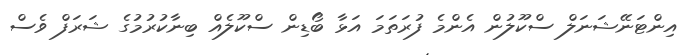
އިންޓަނޭޝަނަލް ސްކޫލުން އެންމެ ފުރަތަމަ އަޅާ ބޯޑިން ސްކޫލެއް ބިނާކުރުމުގެ ޝަރަފް ވެސް